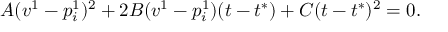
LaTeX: A ( v ^ { 1 } - p _ { i } ^ { 1 } ) ^ { 2 } + 2 B ( v ^ { 1 } - p _ { i } ^ { 1 } ) ( t - t ^ { * } ) + C ( t - t ^ { * } ) ^ { 2 } = 0 .